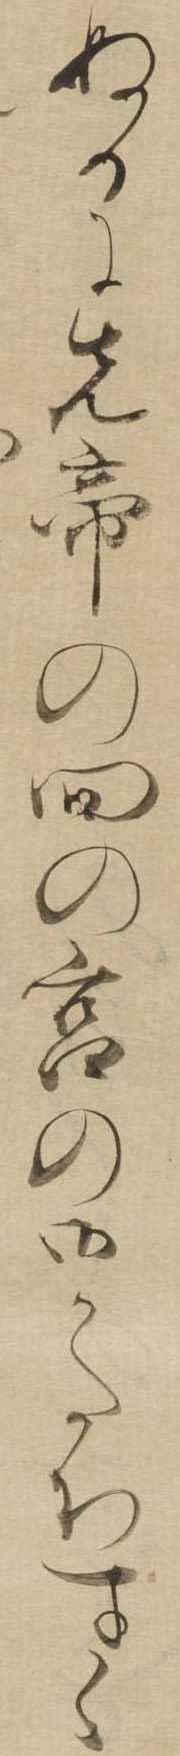
ぬるに先帝の四の宮の御かたちすく